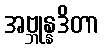
အဗ္ဘုန္နဒိတာ